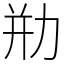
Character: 㔙